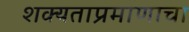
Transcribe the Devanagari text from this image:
शक्यताप्रमाणाचा